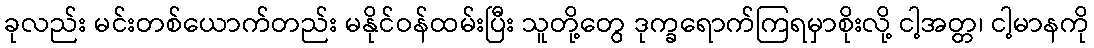
ခုလည်း မင်းတစ်ယောက်တည်း မနိုင်ဝန်ထမ်းပြီး သူတို့တွေ ဒုက္ခရောက်ကြရမှာစိုးလို့ ငါ့အတ္တ၊ ငါ့မာနကို